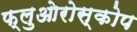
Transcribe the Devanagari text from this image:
फ्लुओरोस्कोप